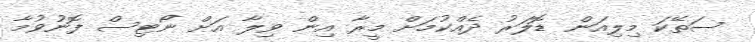
ސަތޭކަ މިލިއަން ޑޮލަރު ދެއްކުމަށް މީރާ އިން ވިލާ އަށް ނޯޓިސް ފޮނުވުމާ